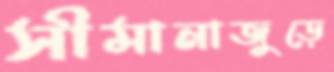
সীমানাজুড়ে